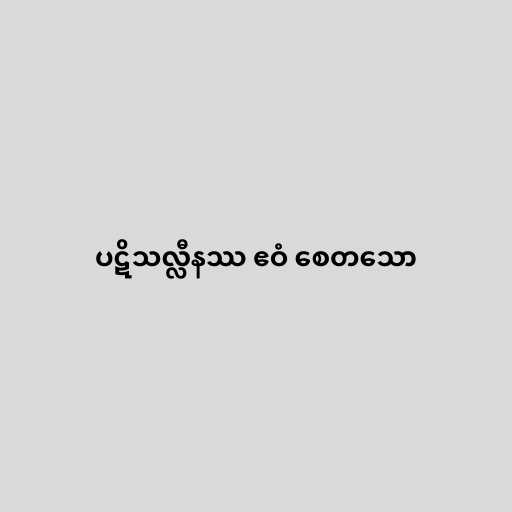
ပဋိသလ္လီနဿ ဧဝံ စေတသော